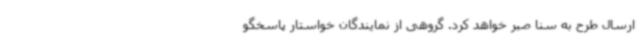
ارسال طرح به سنا صبر خواهد کرد. گروهی از نمایندگان خواستار پاسخگو